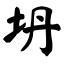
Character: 坍